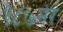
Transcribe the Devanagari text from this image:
१८७नर